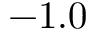
- 1 . 0